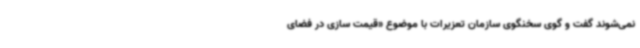
نمی‌شوند گفت و گوی سخنگوی سازمان تعزیرات با موضوع «قیمت سازی در فضای